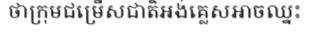
ថាក្រុមជម្រើសជាតិអង់គ្លេសអាចឈ្នះ